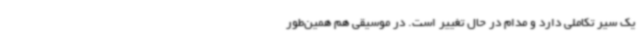
یک سیر تکاملی دارد و مدام در حال تغییر است. در موسیقی هم همین‌طور